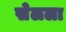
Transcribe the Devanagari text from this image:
सेलला